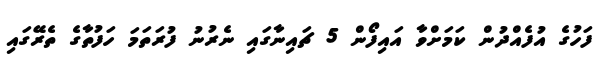
ފަހުގެ އުފެއްދުން ކަމަށްވާ އައިފޯން 5 ޗައިނާގައި ނެރުނު ފުރަތަމަ ހަފުތާގެ ތެރޭގައި